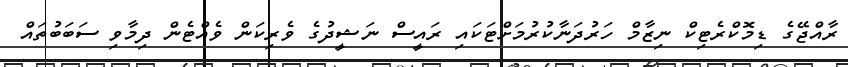
ރާއްޖޭގެ ޑިމޮކްރެޓިކް ނިޒާމް ހަރުދަނާކުރުމަށްޓަކައި ރައީސް ނަޝީދުގެ ވެރިކަން ވެއްޓެން ދިމާވި ސަބަބުތައް